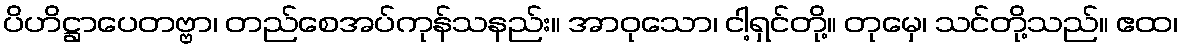
ပိဟိဋ္ဌာပေတဗ္ဗာ၊ တည်စေအပ်ကုန်သနည်း။ အာဝုသော၊ ငါ့ရှင်တို့။ တုမှေ၊ သင်တို့သည်။ ဧထ၊